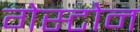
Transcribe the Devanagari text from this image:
गेस्टोन